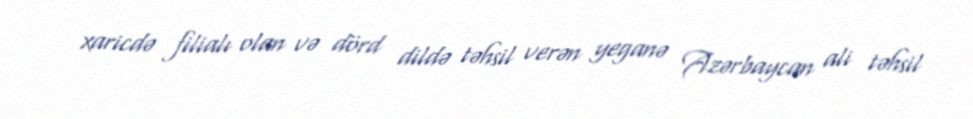
xaricdə filialı olan və dörd dildə təhsil verən yeganə Azərbaycan ali təhsil